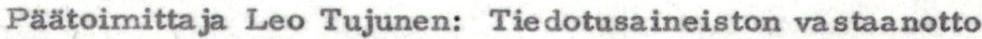
Päätoimittaja Leo Tujunen: Tiedotusaineiston vastaanotto